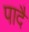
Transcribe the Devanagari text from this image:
पादै